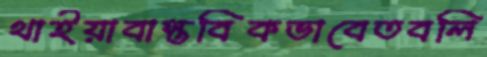
থাইয়াবাস্তবিকভাবেতবলি